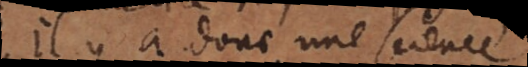
Il y a donc une science